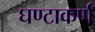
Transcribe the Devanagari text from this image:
घण्टाकर्ण